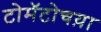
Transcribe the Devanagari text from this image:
टोमॅटोचय़ा